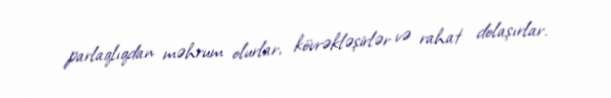
parlaqlıqdan məhrum olurlar, kövrəkləşirlər və rahat dolaşırlar.